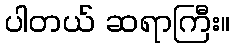
ပါတယ် ဆရာကြီး။